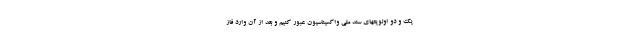
یک و دو اولویتهای سند ملی واکسیناسیون عبور کنیم و بعد از آن وارد فاز